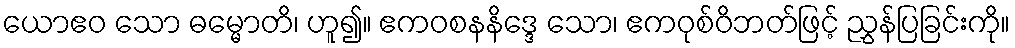
ယောဧဝ သော ဓမ္မောတိ၊ ဟူ၍။ ဧကဝစနနိဒ္ဒေ သော၊ ဧကဝုစ်ဝိဘတ်ဖြင့် ညွှန်ပြခြင်းကို။